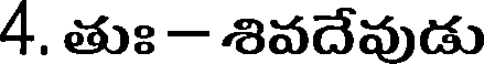
4. తుః - శివదేవుడు